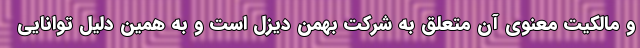
و مالکیت معنوی آن متعلق به شرکت بهمن دیزل است و به همین دلیل توانایی